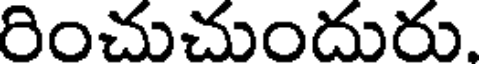
రించుచుందురు.